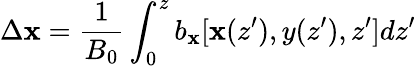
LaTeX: \Delta\mathbf{x}=\frac{{1}}{{B_{0}}}\int_{0}^{z}b_{\mathbf{x}}[\mathbf{x}({z}^{\prime}),y({z}^{\prime}),z^{\prime}]d{z}^{\prime}